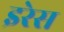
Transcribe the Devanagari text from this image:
इरेस